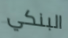
البنكي